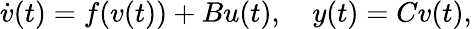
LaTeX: \dot{v}(t)=f(v(t))+Bu(t),\quad y(t)=Cv(t),